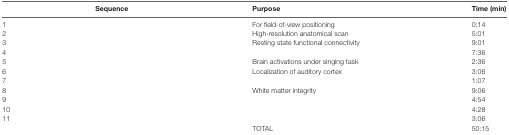
<table><thead><tr><td>[EMPTY_CELL]</td><td><b>Sequence</b></td><td><b>Purpose</b></td><td><b>Time (min)</b></td></tr></thead><tbody><tr><td>1</td><td>[EMPTY_CELL]</td><td>For field-of-view positioning</td><td>0:14</td></tr><tr><td>2</td><td>[EMPTY_CELL]</td><td>High-resolution anatomical scan</td><td>5:01</td></tr><tr><td>3</td><td>[EMPTY_CELL]</td><td>Resting state functional connectivity</td><td>9:01</td></tr><tr><td>4</td><td>[EMPTY_CELL]</td><td>[EMPTY_CELL]</td><td>7:36</td></tr><tr><td>5</td><td>[EMPTY_CELL]</td><td>Brain activations under singing task</td><td>2:36</td></tr><tr><td>6</td><td>[EMPTY_CELL]</td><td>Localization of auditory cortex</td><td>3:06</td></tr><tr><td>7</td><td>[EMPTY_CELL]</td><td>[EMPTY_CELL]</td><td>1:07</td></tr><tr><td>8</td><td>[EMPTY_CELL]</td><td>White matter integrity</td><td>9:06</td></tr><tr><td>9</td><td>[EMPTY_CELL]</td><td>[EMPTY_CELL]</td><td>4:54</td></tr><tr><td>10</td><td>[EMPTY_CELL]</td><td>[EMPTY_CELL]</td><td>4:28</td></tr><tr><td>11</td><td>[EMPTY_CELL]</td><td>[EMPTY_CELL]</td><td>3:06</td></tr><tr><td>[EMPTY_CELL]</td><td>[EMPTY_CELL]</td><td>TOTAL</td><td>50:15</td></tr></tbody></table>